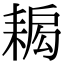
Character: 𦔁